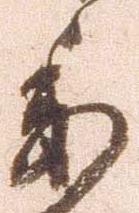
委